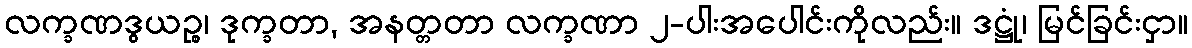
လက္ခဏဒွယဉ္စ၊ ဒုက္ခတာ, အနတ္တတာ လက္ခဏာ ၂-ပါးအပေါင်းကိုလည်း။ ဒဋ္ဌုံ၊ မြင်ခြင်းငှာ။